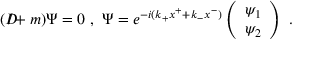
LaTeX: ( D \! \! \! \! / + m ) \Psi = 0 \ , \, \, \Psi = e ^ { - i ( k _ { + } x ^ { + } + k _ { - } x ^ { - } ) } \left( \begin{array} { l } { { \psi _ { 1 } } } \\ { { \psi _ { 2 } } } \end{array} \right) \ .